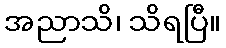
အညာသိ၊ သိရပြီ။